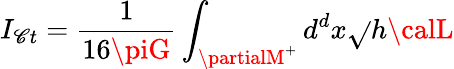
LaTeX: I_{\mathscr{C}t}=\frac{{1}}{{16\piG}}\int_{{\cal\partialM}^{+}}d^{d}x\sqrt{}{{h}}{\calL}